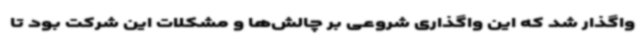
واگذار شد که این واگذاری شروعی بر چالش‌ها و مشکلات این شرکت بود تا